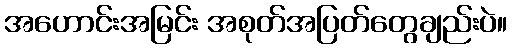
အဟောင်းအမြင်း အစုတ်အပြတ်တွေချည်းပဲ။